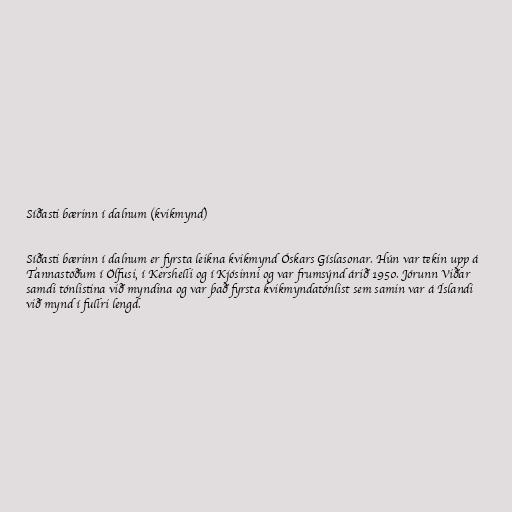
Síðasti bærinn í dalnum (kvikmynd)

Síðasti bærinn í dalnum er fyrsta leikna kvikmynd Óskars Gíslasonar. Hún var tekin upp á
Tannastöðum í Ölfusi, í Kershelli og í Kjósinni og var frumsýnd árið 1950. Jórunn Viðar
samdi tónlistina við myndina og var það fyrsta kvikmyndatónlist sem samin var á Íslandi
við mynd í fullri lengd.